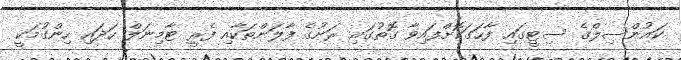
ކައުންސިލްގެ ސިޓީގައި ފާހަގަކޮށްފައިވާ ގޮތުގައި ރަށުގެ ފާލަންތަކާއި ފެރީ ޓާމިނަލް ހަދައި ހިންގުމަކީ